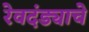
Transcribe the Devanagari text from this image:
रेवदंड्याचे